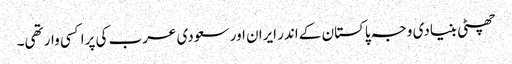
چھٹی بنیادی وجہ پاکستان کے اندر ایران اور سعودی عرب کی پراکسی وار تھی۔